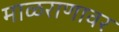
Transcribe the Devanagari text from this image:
माळराणावर